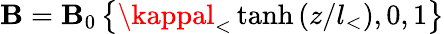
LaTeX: \boldsymbol{\mathbf{B}}=\mathbf{B}_{0}\left\{ \kappal_{<}\, \mathrm{{tanh}}\left(z/l_{<}\right),0,1\right\}